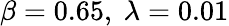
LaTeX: \beta=0.65,\ \lambda=0.01